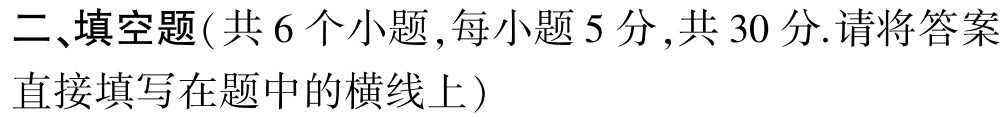
二、填空题( 共 6 个小题,每小题 5 分,共 30 分.请将答案直接填写在题中的横线上）